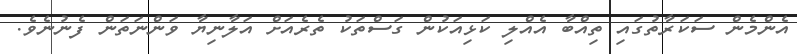
އެންމެން ސަކަރާތުގައި ތިއްބާ އެއްލި ކަޅިއަކުން ގަސްތަކު ތެރެއަށް އަލާނިޔާ ވަންނަތަން ފެނުނެވެ.